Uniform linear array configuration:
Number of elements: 32
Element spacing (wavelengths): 1
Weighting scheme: exponential
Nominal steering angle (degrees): -15
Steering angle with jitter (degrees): -13.622
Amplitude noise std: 0.05
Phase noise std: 0.05

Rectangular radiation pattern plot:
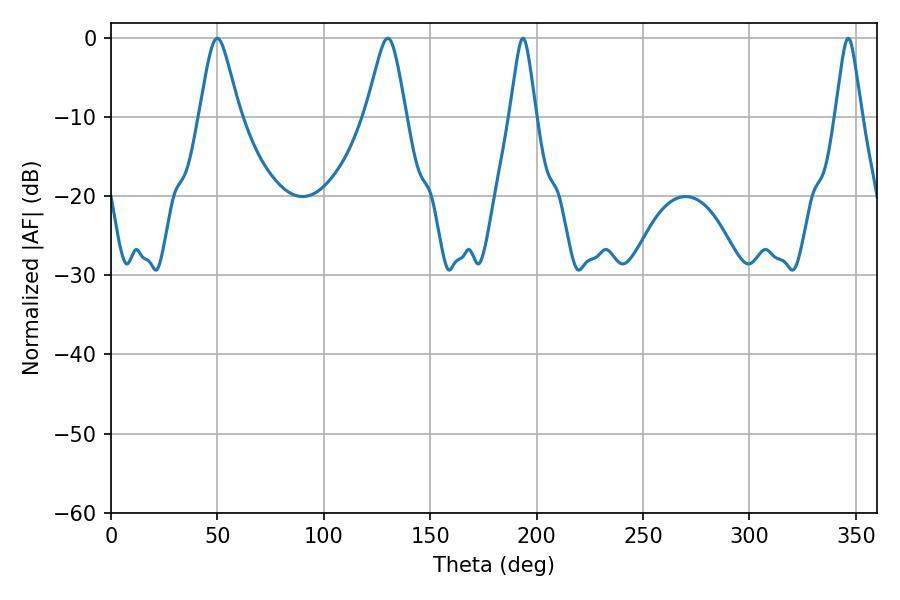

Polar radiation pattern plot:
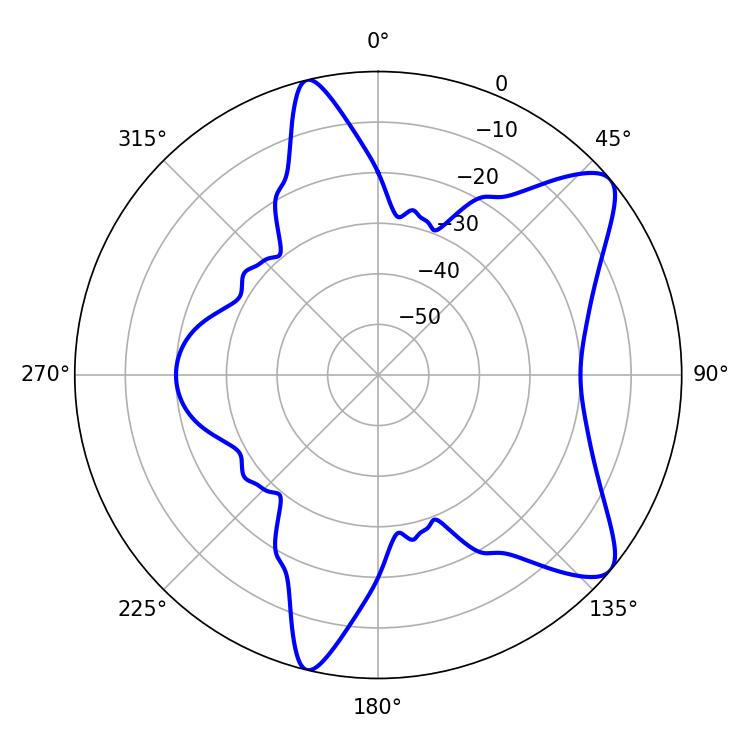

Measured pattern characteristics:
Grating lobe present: TRUE
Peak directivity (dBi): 9.126
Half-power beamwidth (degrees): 9
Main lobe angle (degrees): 49.86